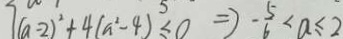
( a - 2 ) ^ { 2 } + 4 ( a ^ { 2 } - 4 ) ^ { 5 } \leq 0 \Rightarrow - \frac { 5 } { 6 } < a \leq 2